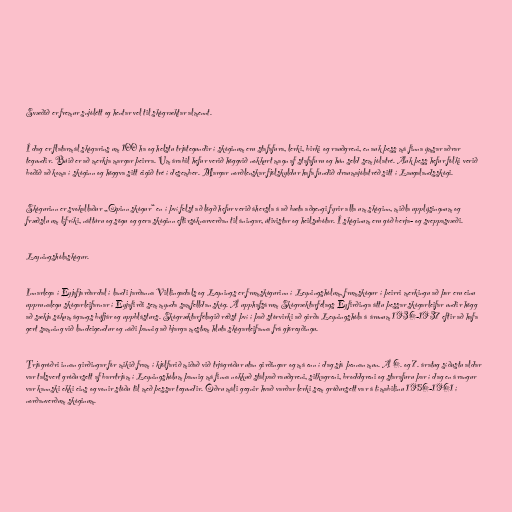
Svæðið er fremur snjólétt og hentar vel til skógræktar almennt.

Í dag er flatarmál skógarins um 100 ha og helstu trjátegundir í skóginum eru stafafura, lerki, birki og rauðgreni, en auk þess má finna ýmsar aðrar
tegundir. Búið er að merkja margar þeirra. Um árabil hefur verið höggvið nokkurt magn af stafafuru og hún seld sem jólatré. Auk þess hefur fólki verið
boðið að koma í skóginn og höggva sitt eigið tré í desember. Margar norðlenskar fjölskyldur hafa fundið draumajólatréð sitt í Laugalandsskógi.

Skógurinn er svokallaður „Opinn skógur“ en í því felst að lögð hefur verið áhersla á að bæta aðgengi fyrir alla um skóginn, miðla upplýsingnum og
fræðslu um lífríki, náttúru og sögu og gera skóginn eftirsóknarverðan til áningar, útivistar og heilsubótar. Í skóginum eru góð berja- og sveppasvæði.

Leyningshólaskógur.

Innarlega í Eyjafjarðardal í landi jarðanna Villingadals og Leynings er frumskógurinn í Leyningshólum, frumskógur í þeirri merkingu að þar eru einu
upprunalegu skógarleifarnar í Eyjafirði sem mynda samfelldan skóg. Á upphafsárum Skógræktarfélags Eyfirðinga áttu þessar skógarleifar undir högg
að sækja sökum ágangs búfjár og uppblásturs. Skógræktarfélagið réðst því í það stórvirki að girða Leyningshóla á árunum 1936-1937 eftir að hafa
gert samning við landeigendur og náði þannig að bjarga mestum hluta skógarleifanna frá gjöreyðingu.

Trjágróðri innan girðingar fór mikið fram í kjölfarið miðað við trjágróður utan girðingar og má enn í dag sjá þennan mun. Á 6. og 7. áratug síðustu aldar
var talsvert gróðursett af barrtrjám í Leyningshólum þannig má finna nokkuð stálpað rauðgreni, sitkagreni, broddgreni og starafuru þar í dag en árangur
var kannski ekki eins og vonir stóðu til með þessar tegundir. Öðru máli gegnir hvað varðar lerki sem gróðursett var á tímabilinu 1956-1961 í
norðanverðum skóginum.